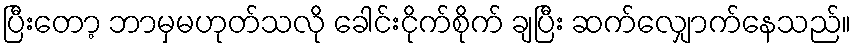
ပြီးတော့ ဘာမှမဟုတ်သလို ခေါင်းငိုက်စိုက် ချပြီး ဆက်လျှောက်နေသည်။